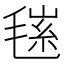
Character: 𣮽